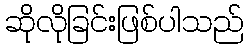
ဆိုလိုခြင်းဖြစ်ပါသည်